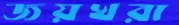
জয়খরা